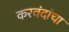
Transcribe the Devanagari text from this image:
करवंदांचा